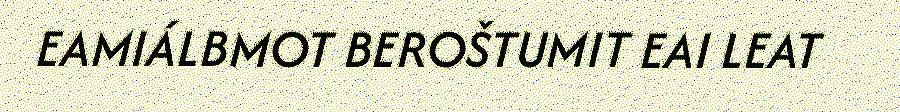
EAMIÁLBMOT BEROŠTUMIT EAI LEAT